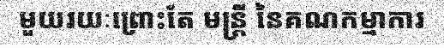
មួយរយៈព្រោះតែ មន្ត្រី នៃគណកម្មាការ